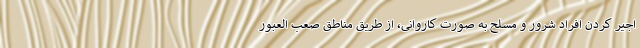
اجیر کردن افراد شرور و مسلح به صورت کاروانی، از طریق مناطق صعب العبور